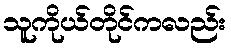
သူကိုယ်တိုင်ကလည်း